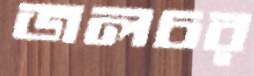
জলচর